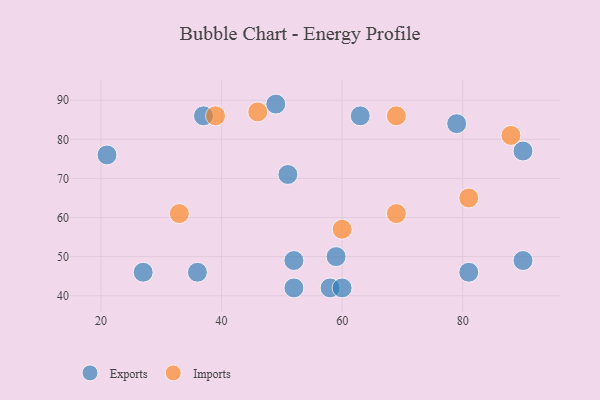
{"axis": {"x": "GDP", "y": "Life Expectancy"}, "legend": ["Exports", "Imports"], "data": [{"x": "58", "y": 42, "type": "Exports"}, {"x": "63", "y": 86, "type": "Exports"}, {"x": "37", "y": 86, "type": "Exports"}, {"x": "52", "y": 49, "type": "Exports"}, {"x": "59", "y": 50, "type": "Exports"}, {"x": "90", "y": 77, "type": "Exports"}, {"x": "49", "y": 89, "type": "Exports"}, {"x": "60", "y": 42, "type": "Exports"}, {"x": "79", "y": 84, "type": "Exports"}, {"x": "51", "y": 71, "type": "Exports"}, {"x": "21", "y": 76, "type": "Exports"}, {"x": "36", "y": 46, "type": "Exports"}, {"x": "90", "y": 49, "type": "Exports"}, {"x": "81", "y": 46, "type": "Exports"}, {"x": "27", "y": 46, "type": "Exports"}, {"x": "52", "y": 42, "type": "Exports"}, {"x": "88", "y": 81, "type": "Imports"}, {"x": "60", "y": 57, "type": "Imports"}, {"x": "33", "y": 61, "type": "Imports"}, {"x": "39", "y": 86, "type": "Imports"}, {"x": "69", "y": 86, "type": "Imports"}, {"x": "69", "y": 61, "type": "Imports"}, {"x": "46", "y": 87, "type": "Imports"}, {"x": "81", "y": 65, "type": "Imports"}]}